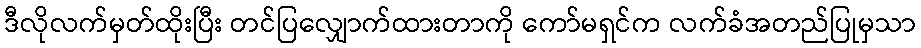
ဒီလိုလက်မှတ်ထိုးပြီး တင်ပြလျှောက်ထားတာကို ကော်မရှင်က လက်ခံအတည်ပြုမှသာ